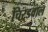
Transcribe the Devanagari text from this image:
चिरडवाल